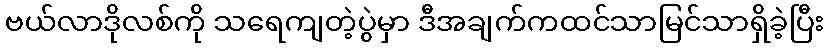
ဗယ်လာဒိုလစ်ကို သရေကျတဲ့ပွဲမှာ ဒီအချက်ကထင်သာမြင်သာရှိခဲ့ပြီး